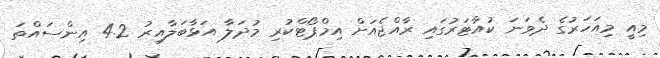
މިއީ މިއަހަރުގެ ދެވަނަ ކުއާޓަރުގައި ރާއްޖެއަށް އިމްޕޯޓްކުރި މުދަލާ އަޅާބަލާއިރު 4.2 އިންސައްތަ